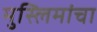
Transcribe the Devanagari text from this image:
मुस्लिमांचा